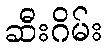
ဆီးဂိမ်း